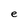
Character: e